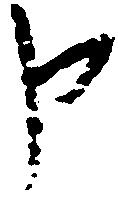
申